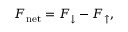
F _ { \mathrm { n e t } } = F _ { \downarrow } - F _ { \uparrow } ,